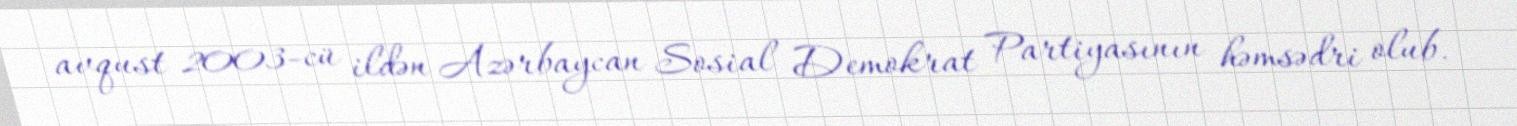
avqust 2003-cü ildən Azərbaycan Sosial Demokrat Partiyasının həmsədri olub.